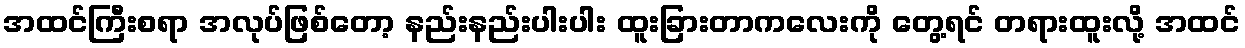
အထင်ကြီးစရာ အလုပ်ဖြစ်တော့ နည်းနည်းပါးပါး ထူးခြားတာကလေးကို တွေ့ရင် တရားထူးလို့ အထင်